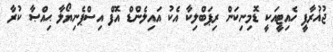
ޖުޣުރާފީ ހެއިޓީއަކީ ޑޮމިނިކަން ރިޕަބްލިކާ އެކު އައިލެންޑް އޮފް އިސްޕެނިޔޯލާ ޙިއްޞާ ކުރާ